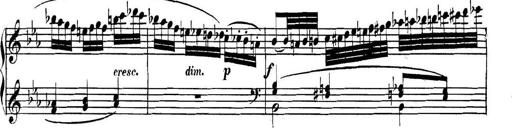
Title: Collected Piano Sonatas
Composer: Muzio Clementi